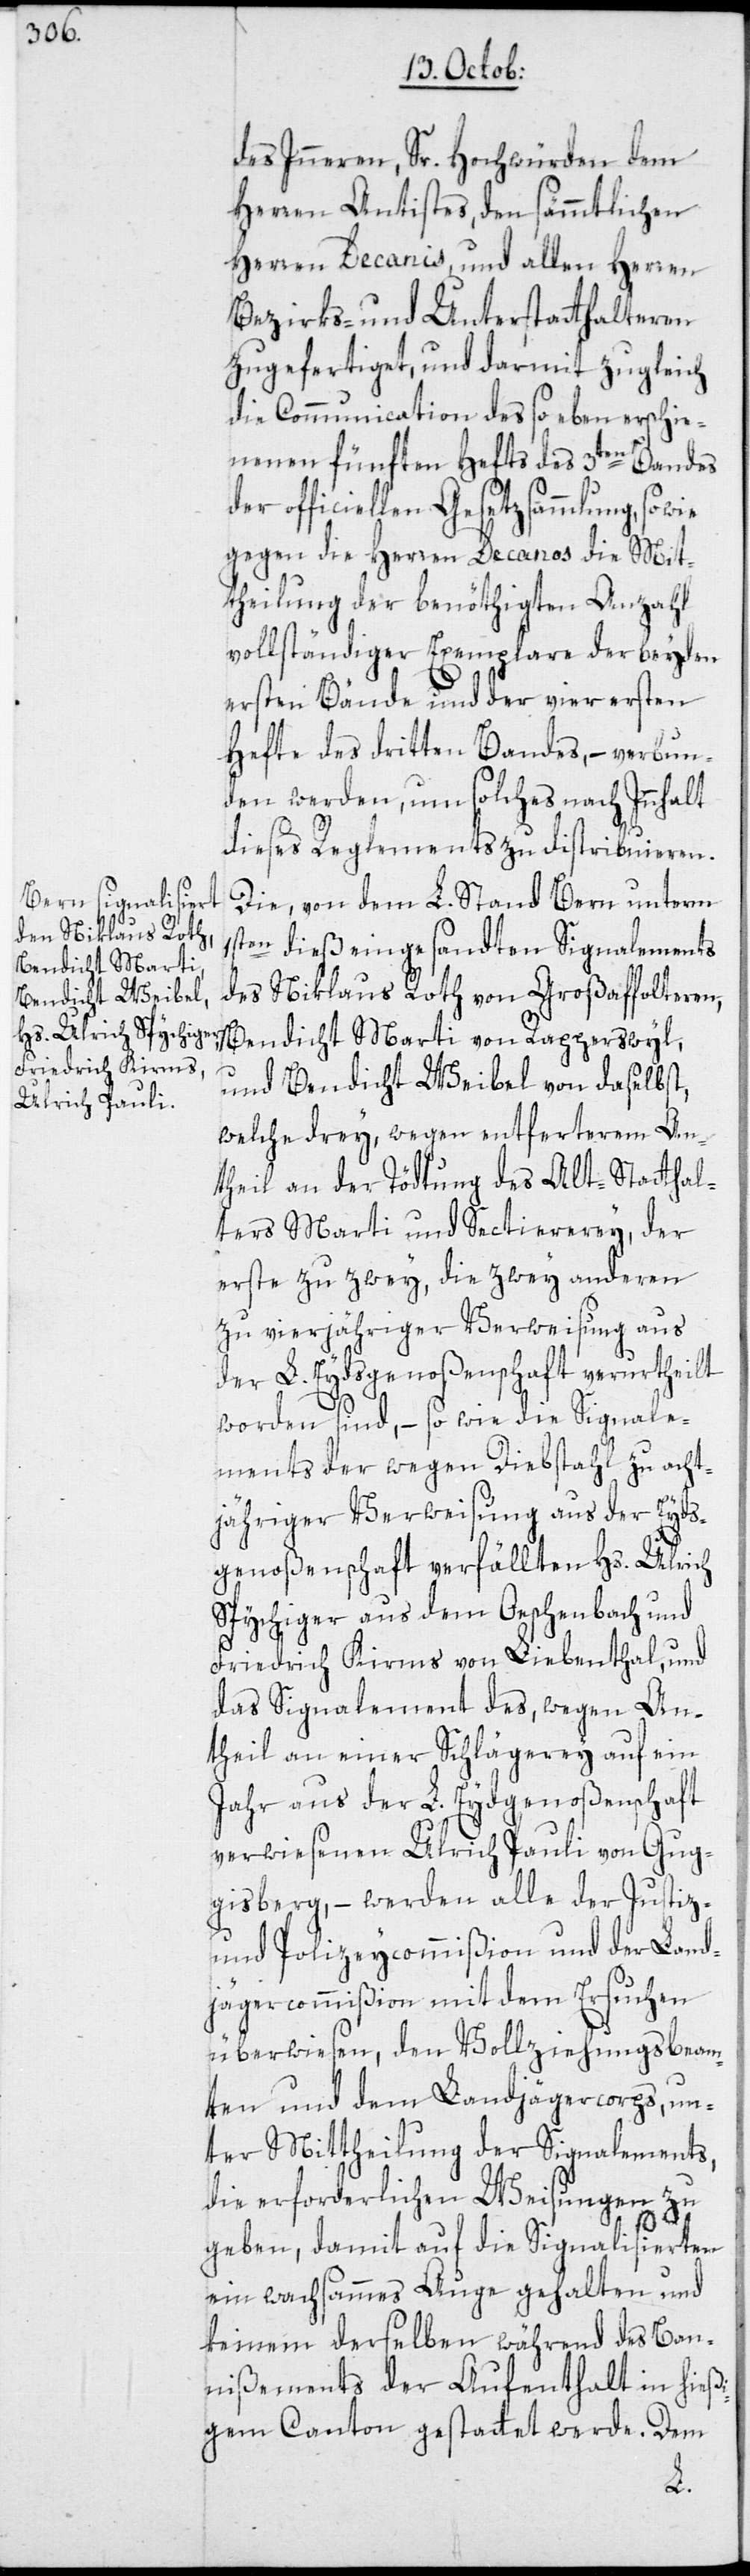
des Inneren, Sr. Hochwürden dem
Herren Antistes, den sämmtlichen
Herren Decanis, und allen Herren
Bezirks- und Unterstatthalteren
zugefertiget, und darmit zugleich
die Communication des so eben erschie¬
nen fünften Hefts des 3ten Bandes
der officiellen Gesetzsammlung, so
gegen die Herren Decanos die Mit¬
theilung der benöthigten Anzahl
vollständiger Exemplare der beyden
ersten Bände und der vier ersten
Hefte des dritten Bandes, – verbun¬
den werden, um solches nach Innhalt
dieses Reglements zu distribuieren.
Die von dem L. Stand Bern unterm
1sten dieß eingesandten Signalements
des Niklaus Roth von Großaffolteren,
Bendicht Marti von Rapperswyl,
und Bendicht Weibel von daselbst,
welche drey, wegen entferterem An¬
theil an der Tödtung des Alt-Statthal¬
ters Marti und Sectiererey, der
erste zu zwey, die zwey anderen
zu vierjähriger Verweisung aus
der L. Eydsgenoßenschaft verurtheilt
worden sind, – so wie die Signale¬
ments der wegen Diebstahl zu acht¬
jähriger Verweisung aus der Eyds¬
genoßenschaft verfällten Hs. Ulrich
Spychiger aus dem Oeschenbach und
Friedrich Kirms von Liebenthal, und
das Signalement des, wegen An¬
theil an einer Schlägerey auf ein
Jahr aus der L. Eydgenoßenschaft
verwiesenen Ulrich Pauli von Gug¬
gisberg, – werden alle der Justiz-
und Polizeycommißion und der Land¬
jägercommißion mit dem Ersuchen
überwiesen, den Vollziehungsbeam¬
ten und dem Landjägercorps, un¬
ter Mittheilung der Signalements,
die erforderlichen Weisungen zu
geben, damit auf die Signalisierten
ein wachsammes Auge gehalten und
keinem derselben während des Ban¬
nißements der Aufenthalt in hieß¬
igem Canton gestattet werde. Dem